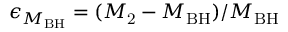
\epsilon _ { M _ { \mathrm { B H } } } = ( M _ { \mathrm { 2 } } - M _ { \mathrm { B H } } ) / M _ { \mathrm { B H } }